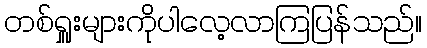
တစ်ရှူးများကိုပါလေ့လာကြပြန်သည်။